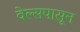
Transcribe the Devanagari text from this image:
वेल्सपासून